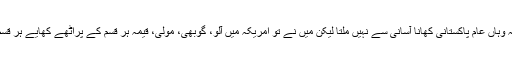
امریکہ جاتے وقت کافی لوگوں نے ڈرایا تھا کہ وہاں عام پاکستانی کھانا آسانی سے نہیں ملتا لیکن میں نے تو امریکہ میں آلو، گوبھی، مولی، قیمہ ہر قسم کے پراٹھے کھایے ہر قسم کی دالیں اور ہر قسم کی ساگ وہاں مہیا تھے۔